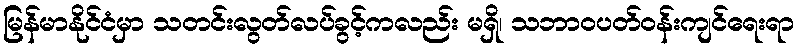
မြန်မာနိုင်ငံမှာ သတင်းလွတ်လပ်ခွင့်ကလည်း မရှိ၊ သဘာဝပတ်ဝန်းကျင်ရေးရာ